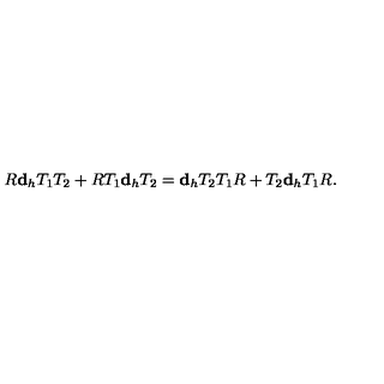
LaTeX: R { \bf d } _ { h } T _ { 1 } T _ { 2 } + R T _ { 1 } { \bf d } _ { h } T _ { 2 } = { \bf d } _ { h } T _ { 2 } T _ { 1 } R + T _ { 2 } { \bf d } _ { h } T _ { 1 } R .